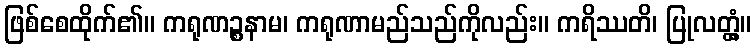
ဖြစ်စေထိုက်၏။ ကရုဏဉ္စနာမ၊ ကရုဏာမည်သည်ကိုလည်း။ ကရိဿတိ၊ ပြုလတ္တံ့။